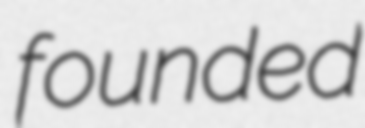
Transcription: founded